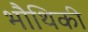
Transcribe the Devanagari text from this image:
भौथिकी